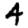
Digit: 4